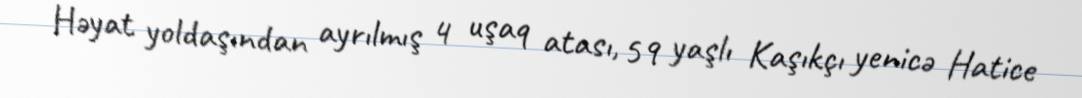
Həyat yoldaşından ayrılmış 4 uşaq atası, 59 yaşlı Kaşıkçı yenicə Hatice